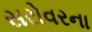
સરોવરના